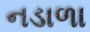
નડાળા